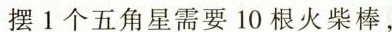
摆1个五角星需要10根火柴棒，